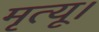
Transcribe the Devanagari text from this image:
मृत्यू।